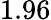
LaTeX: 1.96